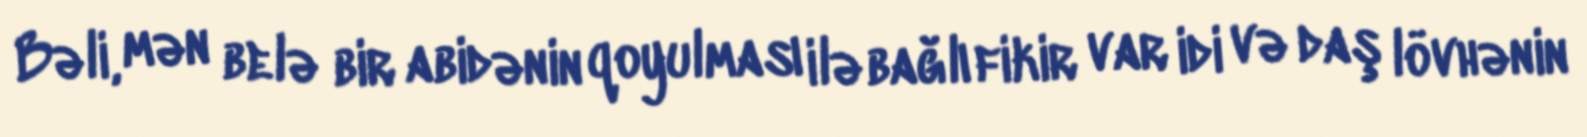
Bəli, mən belə bir abidənin qoyulması ilə bağlı fikir var idi və daş lövhənin